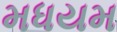
મધયમ